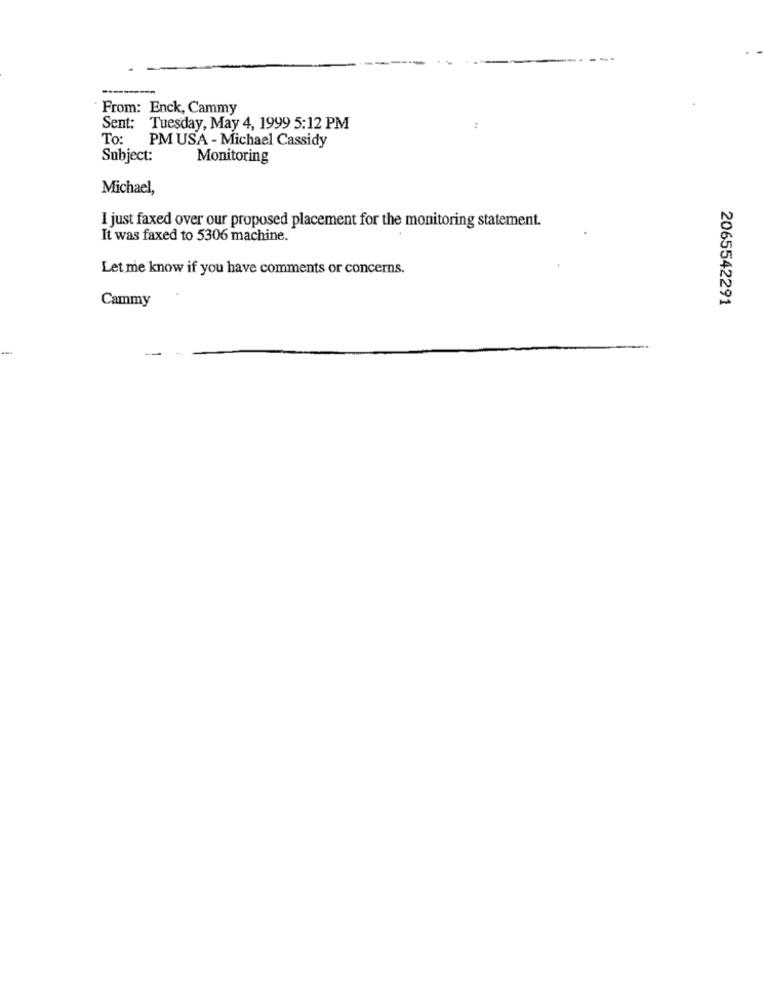
From: Enck, Cammy
Sent: Tuesday, May 4, 1999 5:12 PM
To: PM USA - Michael Cassidy
Subject:
Monitoring
Michael,
I just faxed over our proposed placement for the monitoring statement.
It was faxed to 5306 machine.
Let me know if you have comments or concerns.
Cammy
2065542291
-
-